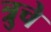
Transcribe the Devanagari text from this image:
त्रुचे